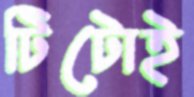
টিটোই